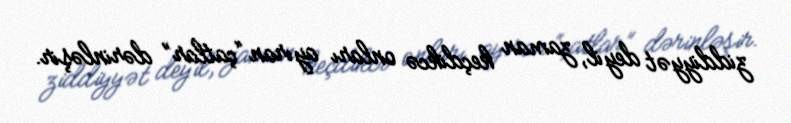
ziddiyyət deyil, zaman keçdikcə onları ayıran “çatlar” dərinləşir.